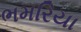
ભમરિયા